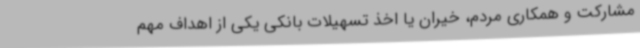
مشارکت و همکاری مردم، خیران یا اخذ تسهیلات بانکی یکی از اهداف مهم